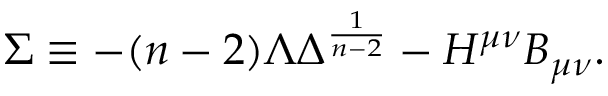
\Sigma \equiv - ( n - 2 ) \Lambda \Delta ^ { \frac { 1 } { n - 2 } } - H ^ { \mu \nu } B _ { \mu \nu } .